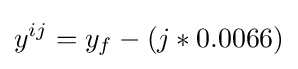
y^{ij}=y_{f}-(j*0.0066)